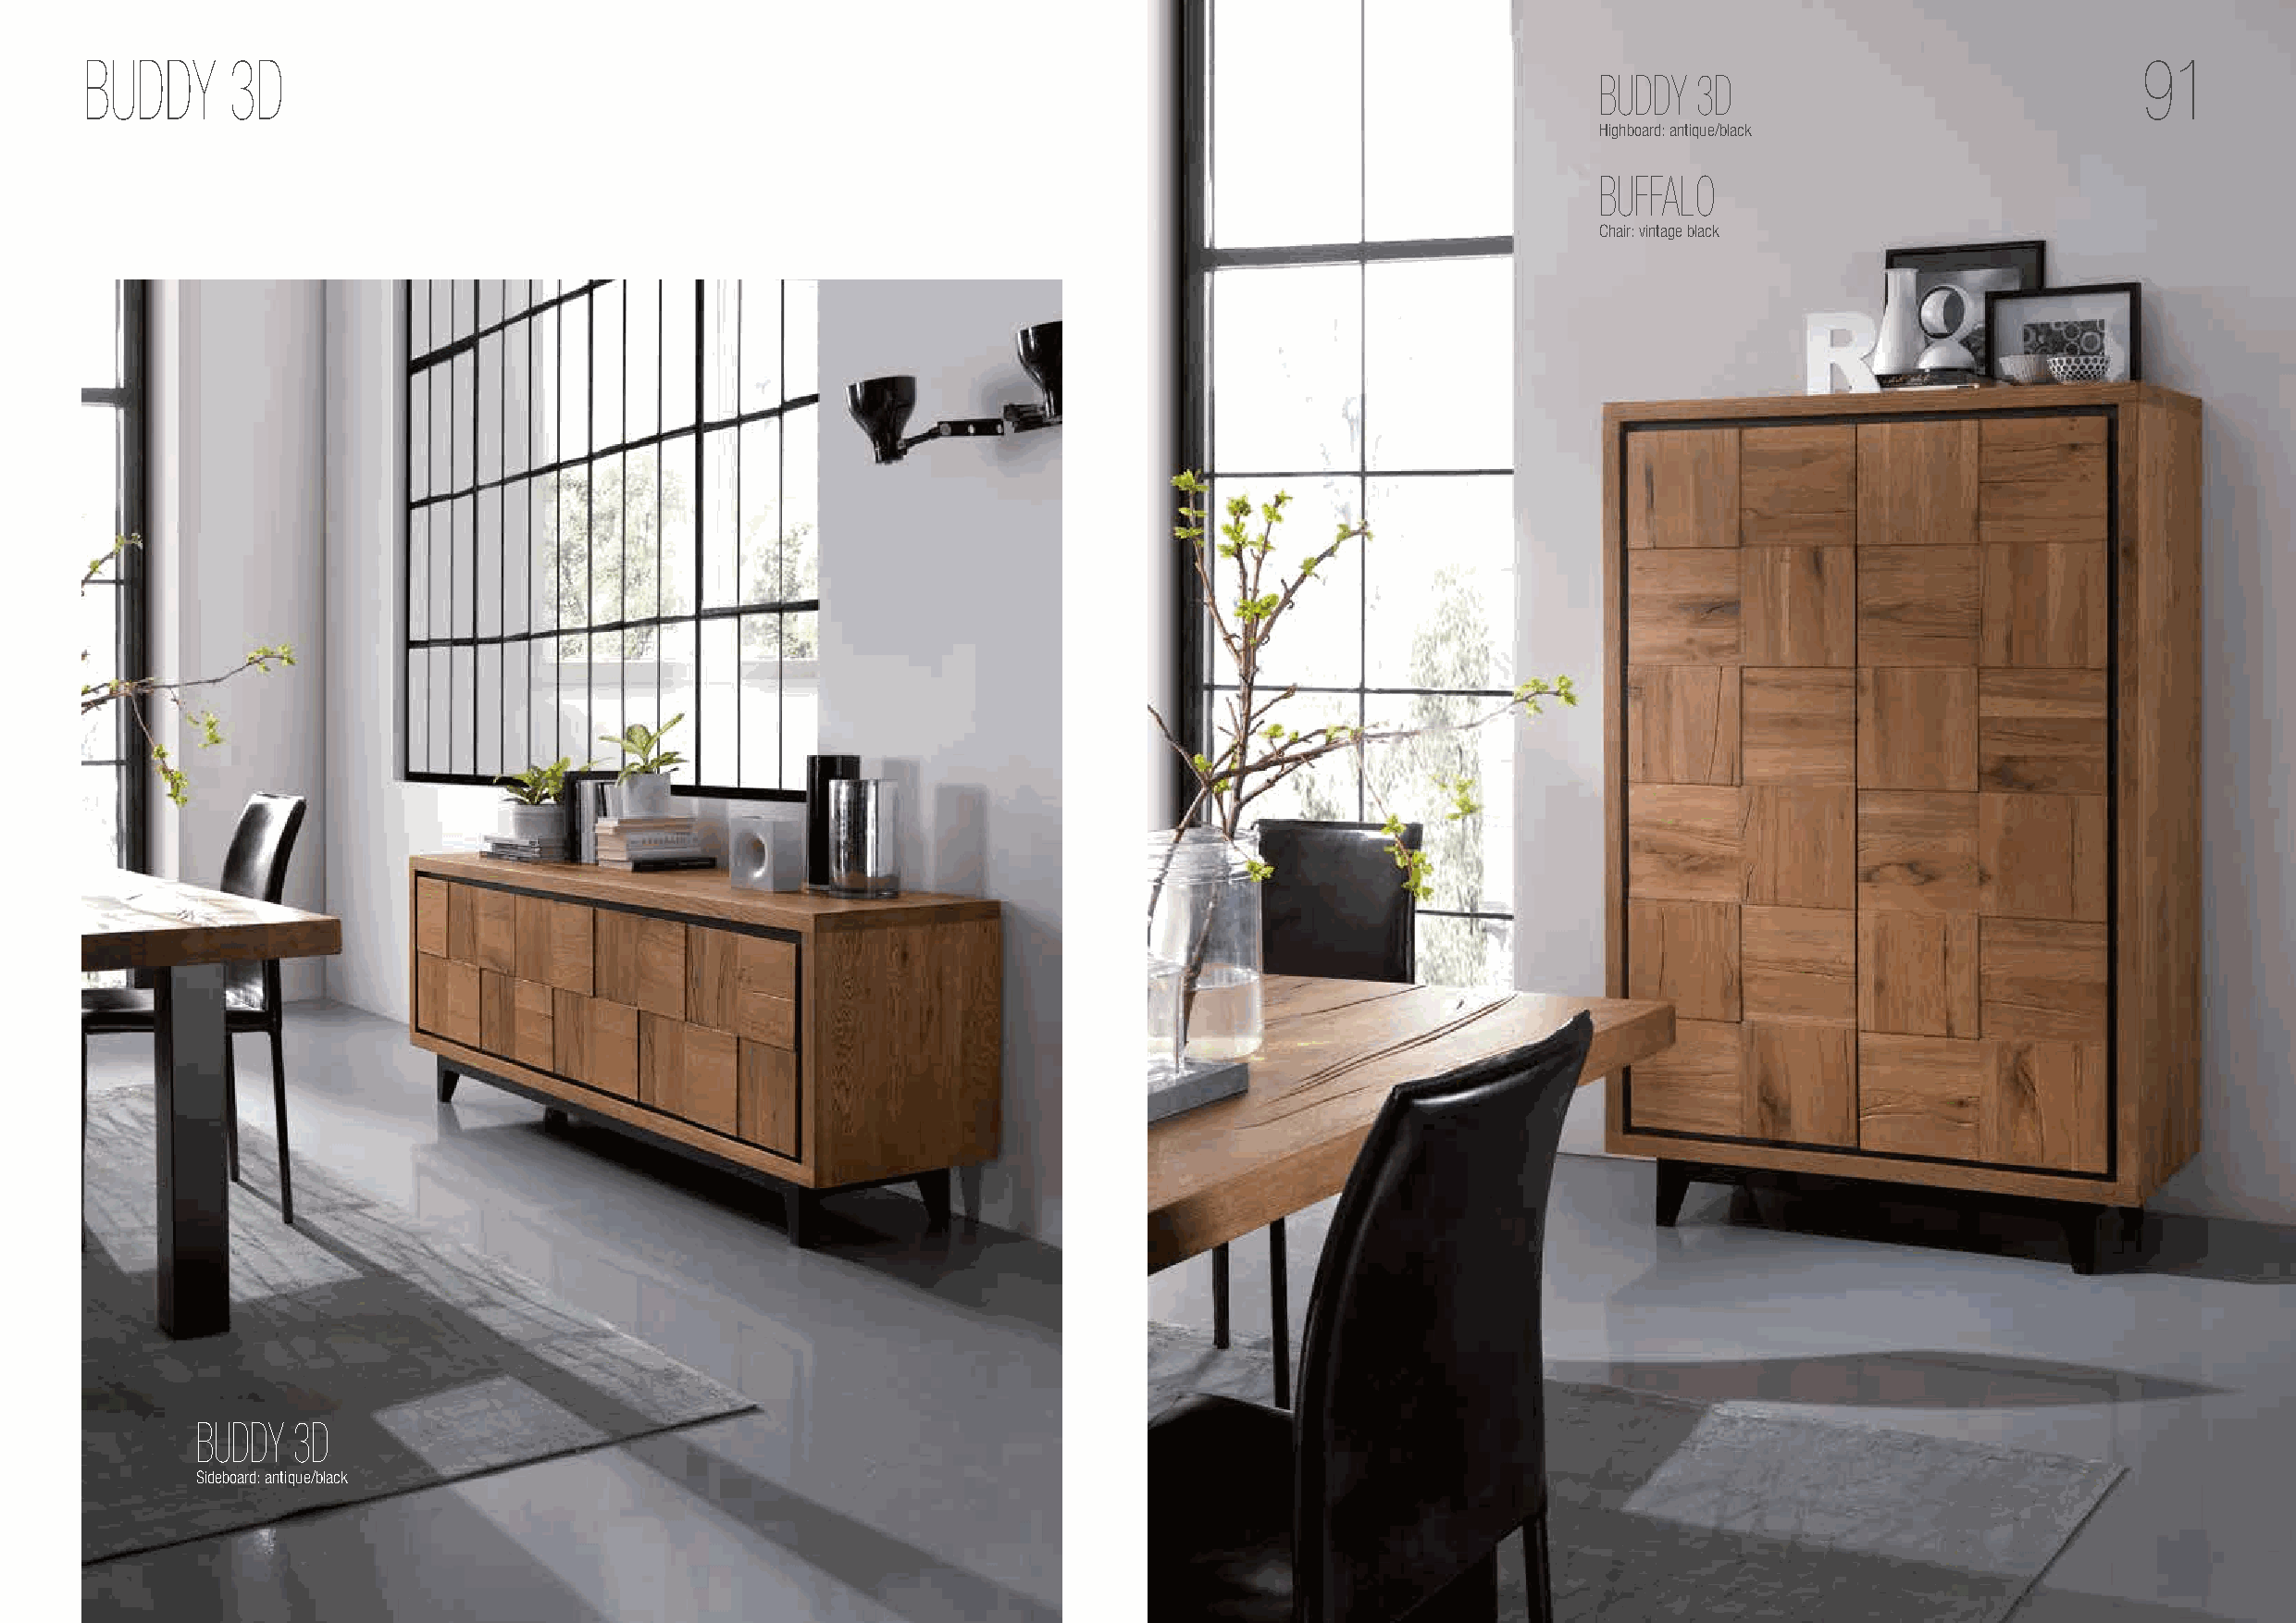
BUDDY     3D                                                                                                                                       91
 BUDDY  3D
 Highboard: antique/black
 BUFFALO
 Chair: vintage black
 BUDDY  3D
 Sideboard: antique/black